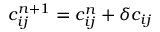
c _ { i j } ^ { n + 1 } = c _ { i j } ^ { n } + \delta c _ { i j }